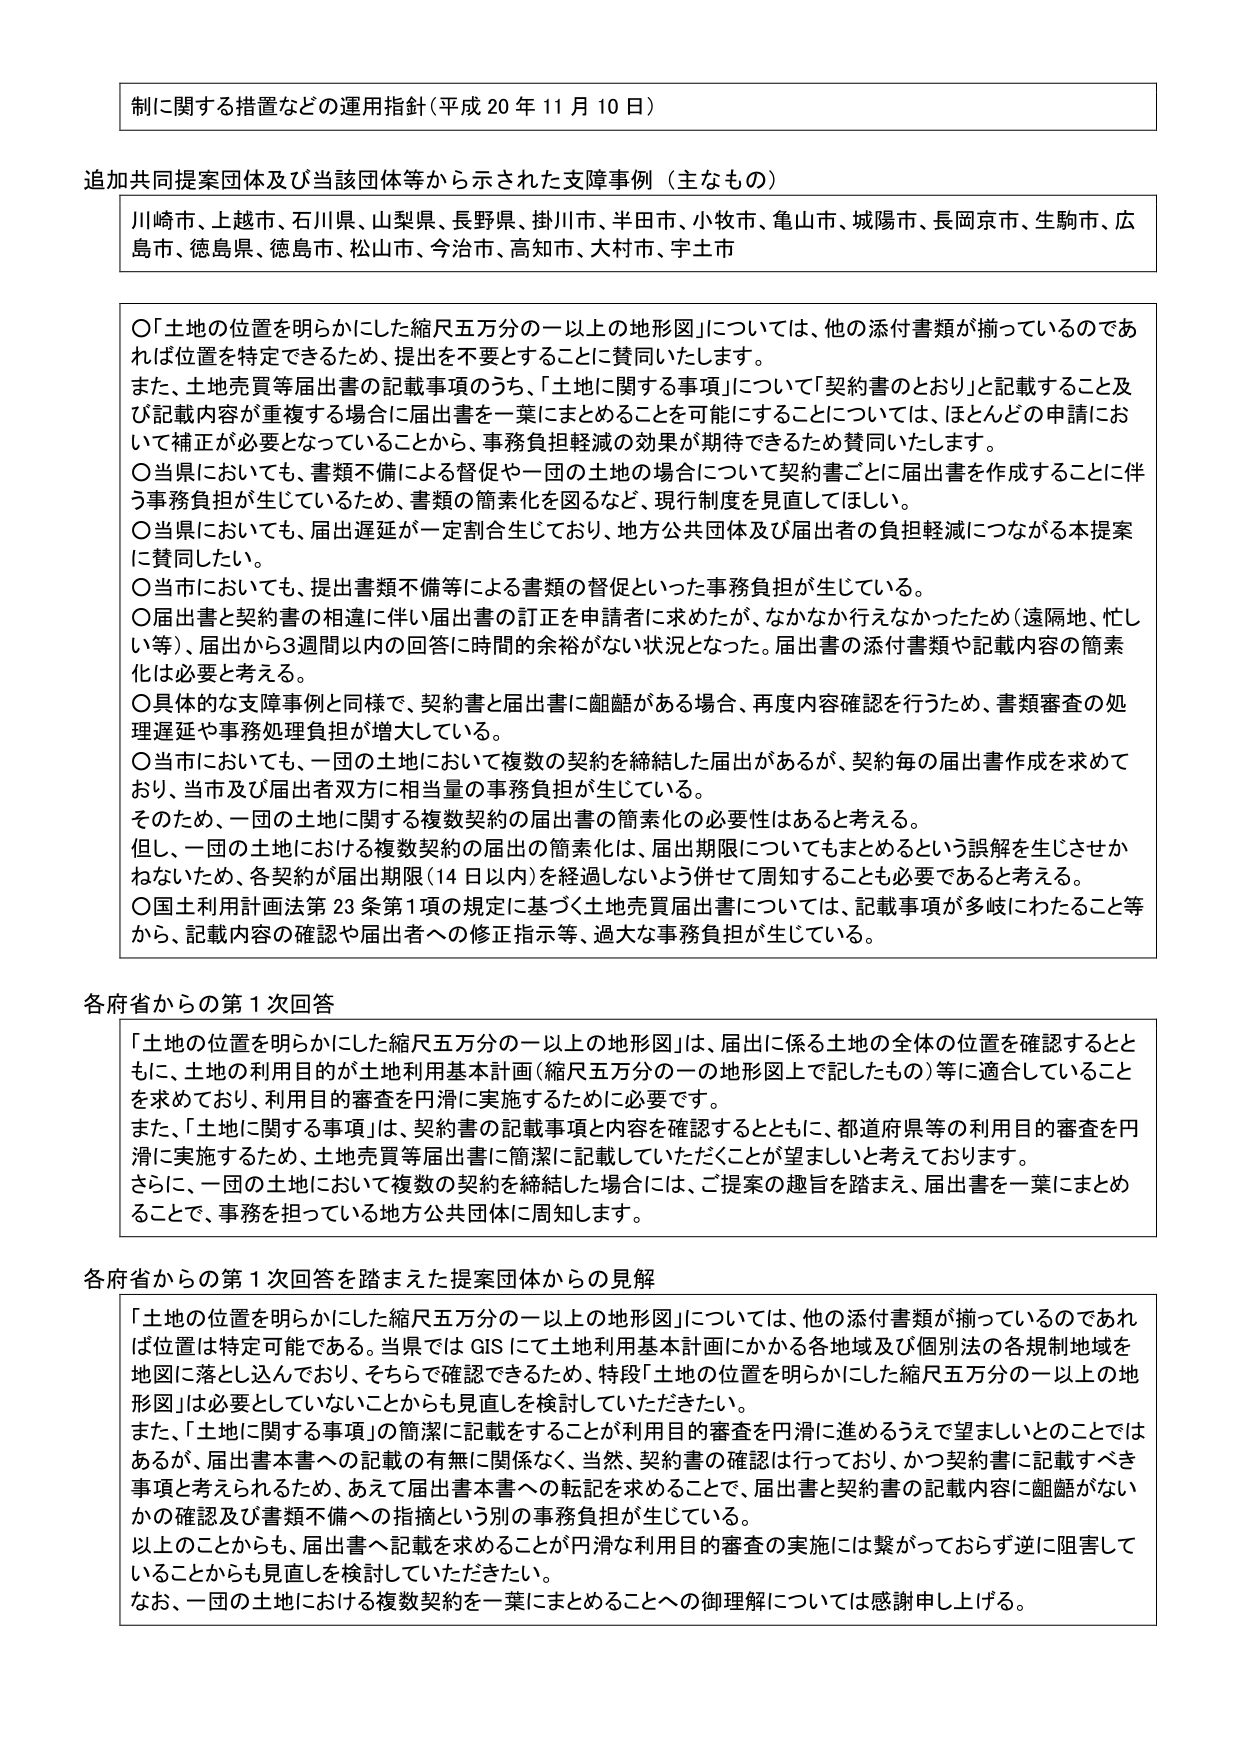
制に関する措置などの運用指針（平成 20 年 11 月 10 日）

追加共同提案団体及び当該団体等から示された支援事例（主なもの）
川崎市、上越市、石川県、山梨県、長野県、掛川市、半田市、小牧市、亀山市、城陽市、長岡京市、生駒市、広島市、徳島県、徳島市、松山市、今治市、高知市、大村市、宇土市

〇「土地の位置を明らかにした縮尺五万分の一以上の地形図」については、他の添付書類が揃っているのであれば位置を特定できるため、提出を不要とすることに賛同いたします。
また、土地売買等届出書の記載事項のうち、「土地に関する事項」について「契約書のとおり」と記載すること及び記載内容が重複する場合の届出書を一葉にまとめることが可能にすることについて、ほとんどの申請において補正が必要となっていることから、事務負担軽減の効果が期待できるため賛同いたします。
〇当県においても、書類不備による督促や一団の土地の場合について契約書ごとに届出書を作成することに伴う事務負担が生じているため、書類の簡素化を図るなど、現行制度を見直してほしい。
〇当県においても、届出遅延が一定割合生じており、地方公共団体及び届出者の負担軽減につながる本提案に賛同したい。
〇当市においても、提出書類不備等による書類の督促といった事務負担が生じている。
〇届出書と契約書の相違に伴い届出書の訂正を申請者に求めたが、なかなか行えなかったため（遠隔地、忙しい等）、届出から3週間以内の回答に時間的余裕がない状況となった。届出書の添付書類や記載内容の簡素化は必要と考える。
〇具体的な支援事例と同様で、契約書と届出書に齟齬がある場合、再度内容確認を行うため、書類審査の処理遅延や事務処理負担が増大している。
〇当市においても、一団の土地において複数の契約を締結した届出があるが、契約毎の届出書作成を求めており、当市及び届出者双方に相当量の事務負担が生じている。
そのため、一団の土地に関する複数契約の届出書の簡素化の必要性はあると考える。
但し、一団の土地における複数契約の届出の簡素化は、届出期限についてもまとめるという誤解を生じさせかねないため、各契約が届出期限（14日以内）を経過しないよう併せて周知することも必要であると考える。
〇国土利用計画法第23条第1項の規定に基づく土地売買届出書については、記載事項が多岐にわたること等から、記載内容の確認や届出者への修正指示等、過大な事務負担が生じている。

各府省からの第1次回答
「土地の位置を明らかにした縮尺五万分の一以上の地形図」は、届出に係る土地の全体の位置を確認するとともに、土地の利用目的が土地利用基本計画（縮尺五万分の一の地形図上で記したもの）等に適合していることを求めており、利用目的審査を円滑に実施するために必要です。
また、「土地に関する事項」は、契約書の記載事項と内容を確認するとともに、都道府県等の利用目的審査を円滑に実施するため、土地売買等届出書に簡潔に記載していただくことが望ましいと考えております。
さらに、一団の土地において複数の契約を締結した場合には、ご提案の趣旨を踏まえ、届出書を一葉にまとめることで、事務を担っている地方公共団体に周知します。

各府省からの第1次回答を踏まえた提案団体からの見解
「土地の位置を明らかにした縮尺五万分の一以上の地形図」については、他の添付書類が揃っているのであれば位置は特定可能である。当県ではGISにて土地利用基本計画にかかる各地域及び個別法の各規制地域を地図に落とし込んでおり、そちらで確認できるため、特段「土地の位置を明らかにした縮尺五万分の一以上の地形図」は必要としないことからも見直しを検討していただきたい。
また、「土地に関する事項」の簡潔に記載をすることが利用目的審査を円滑に進めるうえで望ましいとのことではあるが、届出書本書への記載の有無に関係なく、当然、契約書の確認は行っており、かつ契約書に記載すべき事項と考えられるため、あえて届出書本書への転記を求めることで、届出書と契約書の記載内容に齟齬がないかの確認及び書類不備への指摘という別の事務負担が生じている。
以上のことからも、届出書へ記載を求めることが円滑な利用目的審査の実施には繋がっておらず逆に阻害していることからも見直しを検討していただきたい。
なお、一団の土地における複数契約を一葉にまとめることへの御理解については感謝申し上げる。